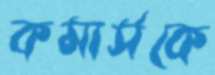
কমার্সকে